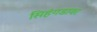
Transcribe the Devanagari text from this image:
सिहंगडावर